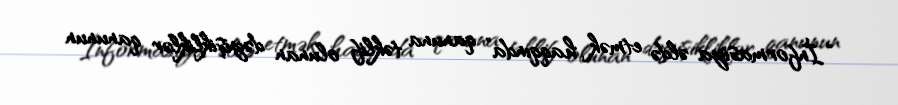
“İnformasiya əldə etmək haqqında” qanuna təklif olunan dəyişikliklər qanunun